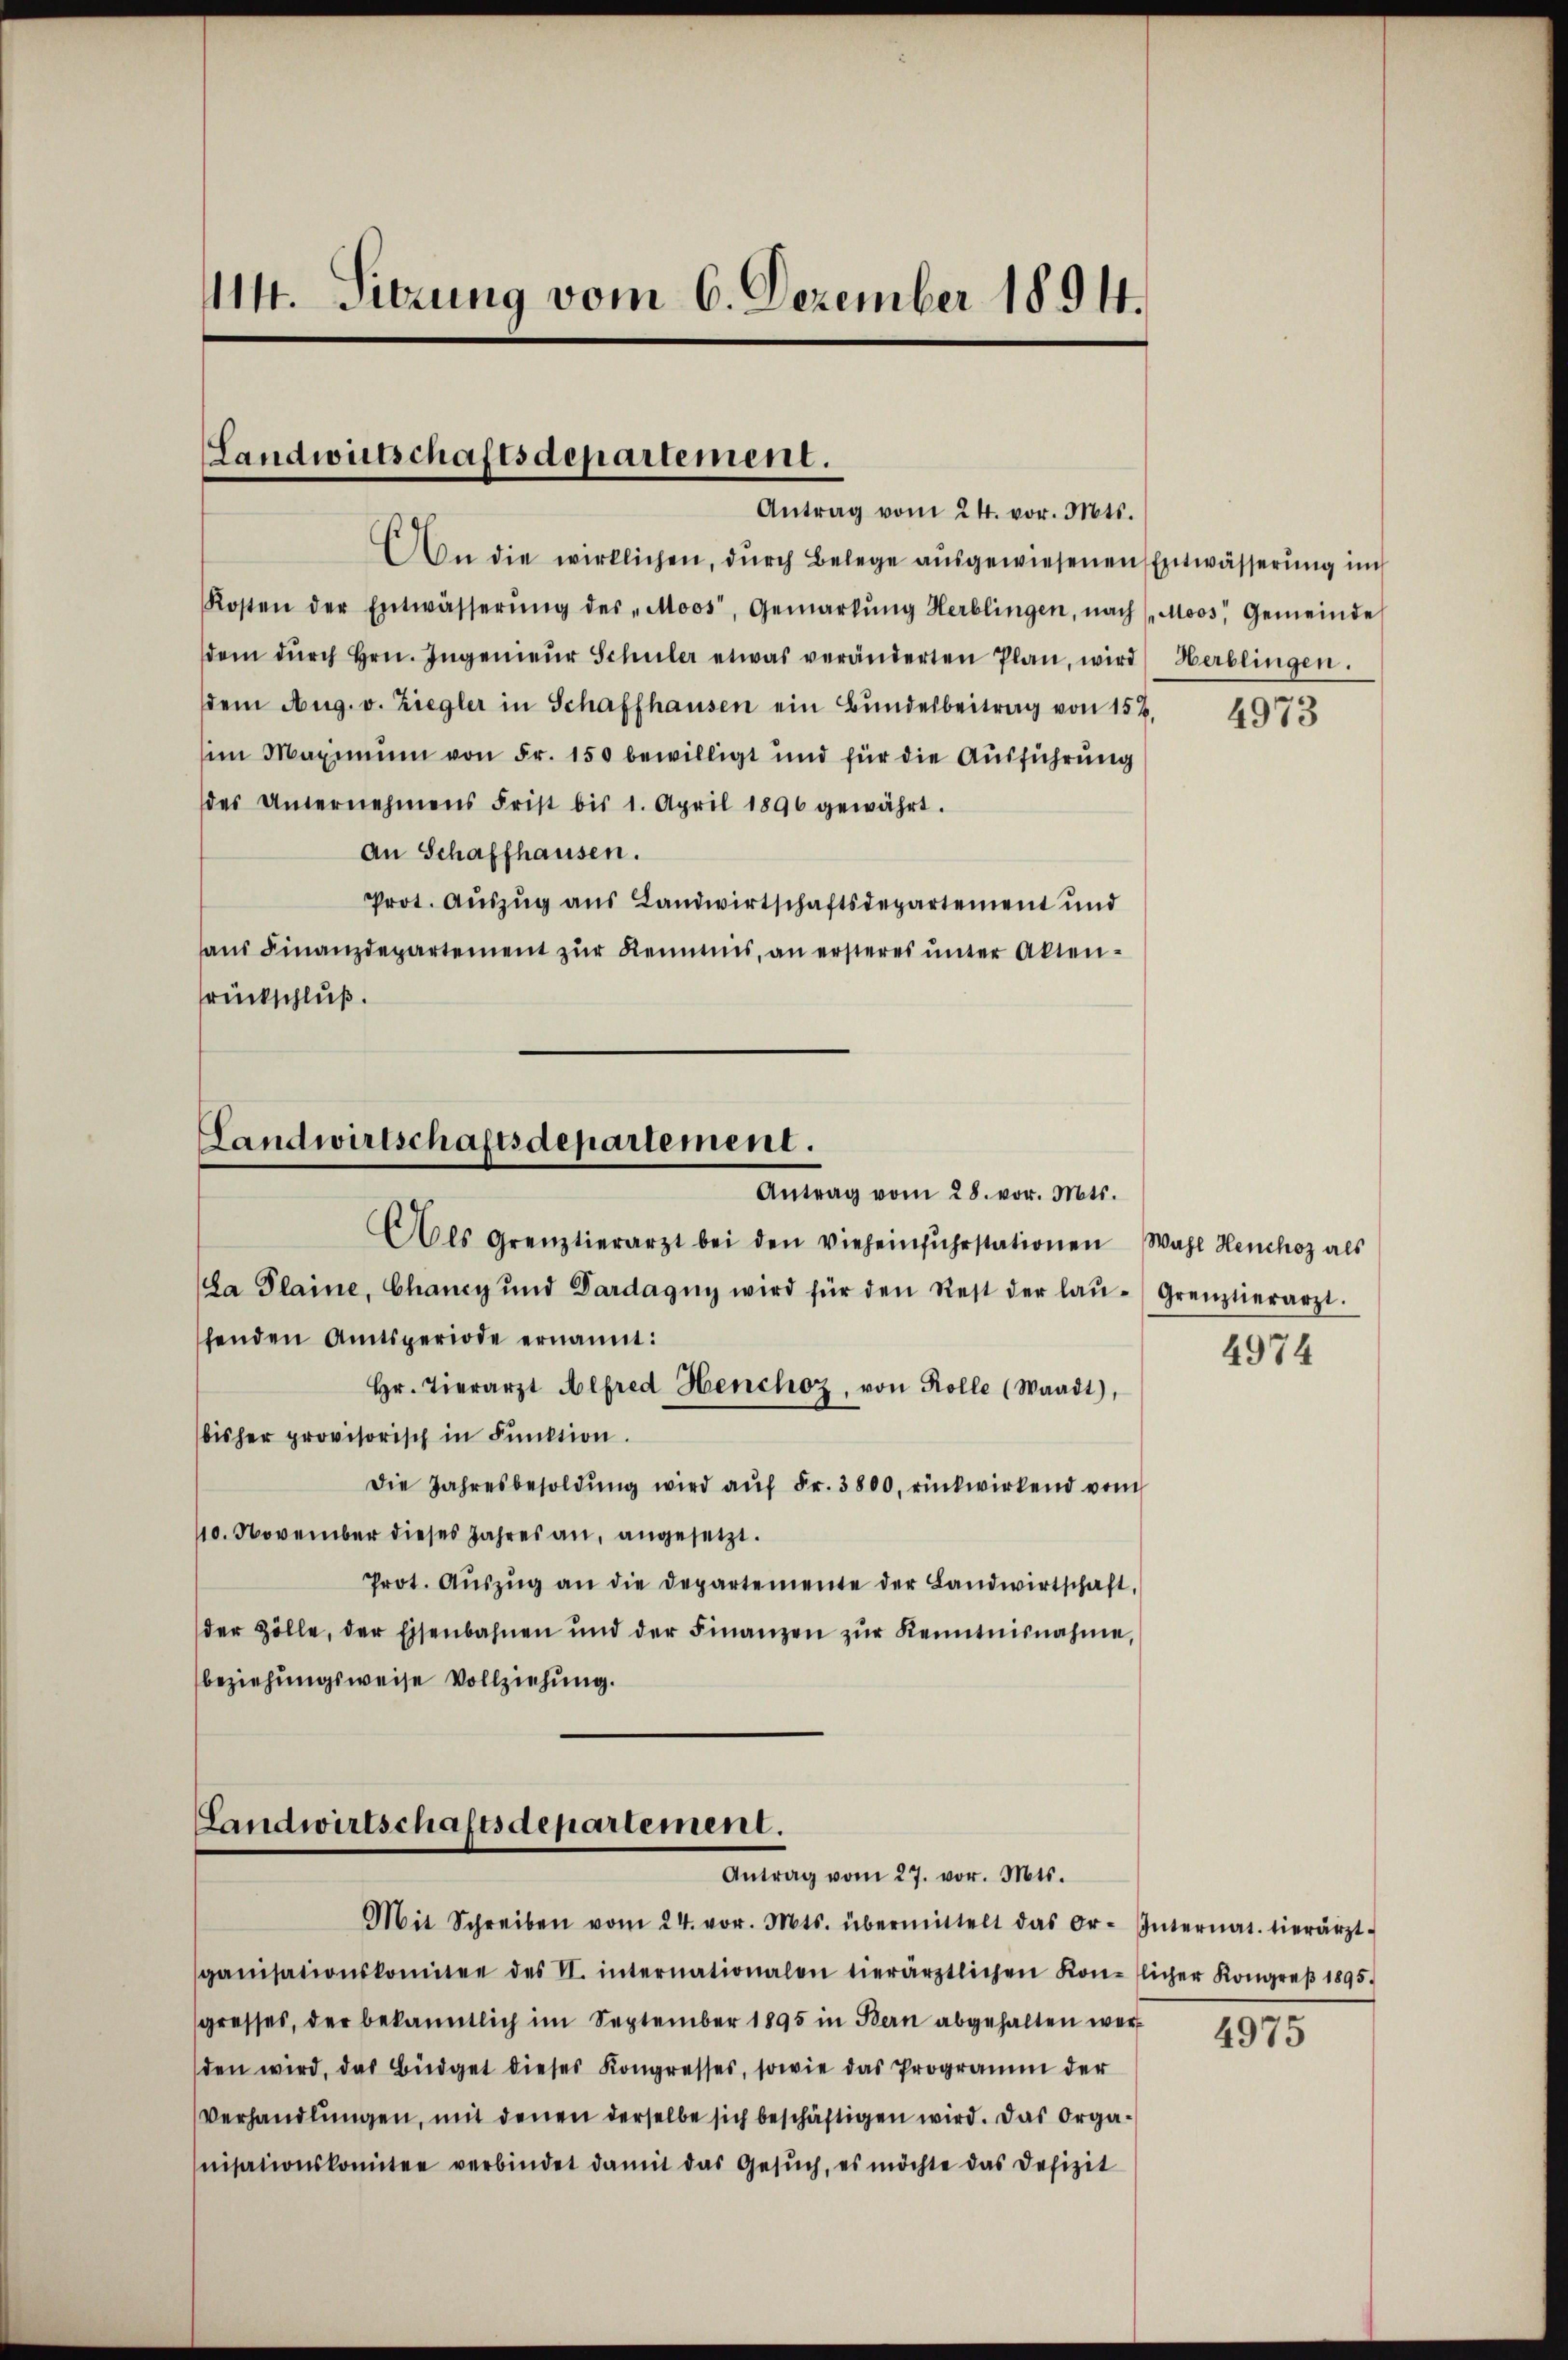
M14. Sitzung vom 6. Dezember 1894.

Landwirtschaftsdepartement.
Antrag vom 24. vor. Mts.

An die wirklichen, durch Belege ausgewiesenen Entwässerung im
Kosten der Entwässerŭng des „Moos, Gemarkŭng Herblingen, nach (Moos, Gemeinde
dem dŭrch Hrn. Ingenieŭr Schüler etwas veränderten Plan, wird Herblingen.
dem Aug. v. Ziegler in Schaffhausen ein Bŭndesbeitrag von 154.
im Maximum von Fr. 150 bewilligt und für die Ausführung
des Unternehmens Frist bis 1. April 1896 gewährt.
An Schaffhausen.
Prot. Auszug aus Landwirtschaftsdepartement und
haus Finanzdepartement zur Kenntnis, an ersteres unter Aktenrückschluß.

Landwirtschaftsdepartement.
Antrag vom 28. vor. Mts.
Als Grenztierarzt bei den vieheinfuhrstationen Wahl Henchoz als

La Plaine, Chancy und Dardagŭg wird für den Rest der laŭ-Grenztierarzt.
henden Amtsperiode ernannt:
Hr. Tierarzt Alfred Henchoz, von Rolle (Waadt),
bisher provisorisch in Funktion.
Die Jahresbesoldŭng wird aŭf Fr. 3800. rückwirkend vom
110. November dieses Jahres an, angesetzt.
Prot. Aŭszŭg an die Departemente der Landwirtschaft,
der Zölle, der Eisenbahnen und der Finanzen zŭr Kenntnisnahme,
beziehungsweise Vollziehung.

Landwirtschaftsdepartement.
Antrag vom 27. vor. Mts.

Mit Schreiben vom 24. vor. Mts. übermittelt das Or-Internat. hierärzt-
ganisationskomitee des VI. internationalen hierärztlichen Konflicher Kongreβ 1895.
gresses, der bekanntlich im September 1895 in Bern abgehalten werden wird, das Büdget dieses Kongresses, sowie das Programm der
Verhandlungen, mit denen derselbe sich beschäftigen wird. Das Organisationskomitee verbindet damit das Gesŭch, es möchte das Defizit

4973

4974

4975